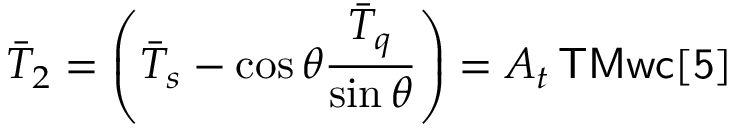
\bar { T } _ { 2 } = \left( \bar { T } _ { s } - \cos \theta \frac { \bar { T } _ { q } } { \sin \theta } \right) = A _ { t } \, { \sf T M w c [ 5 ] }